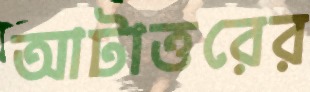
আটাত্তরের